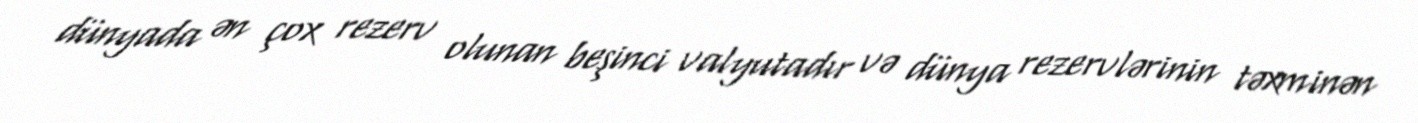
dünyada ən çox rezerv olunan beşinci valyutadır və dünya rezervlərinin təxminən